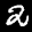
Label: 2